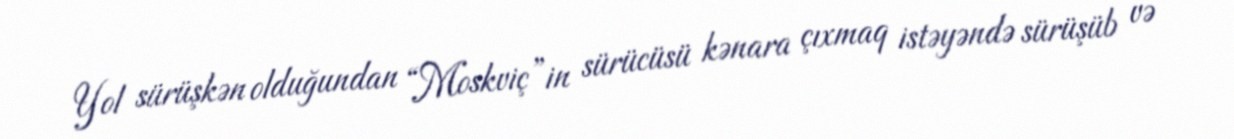
Yol sürüşkən olduğundan “Moskviç”in sürücüsü kənara çıxmaq istəyəndə sürüşüb və